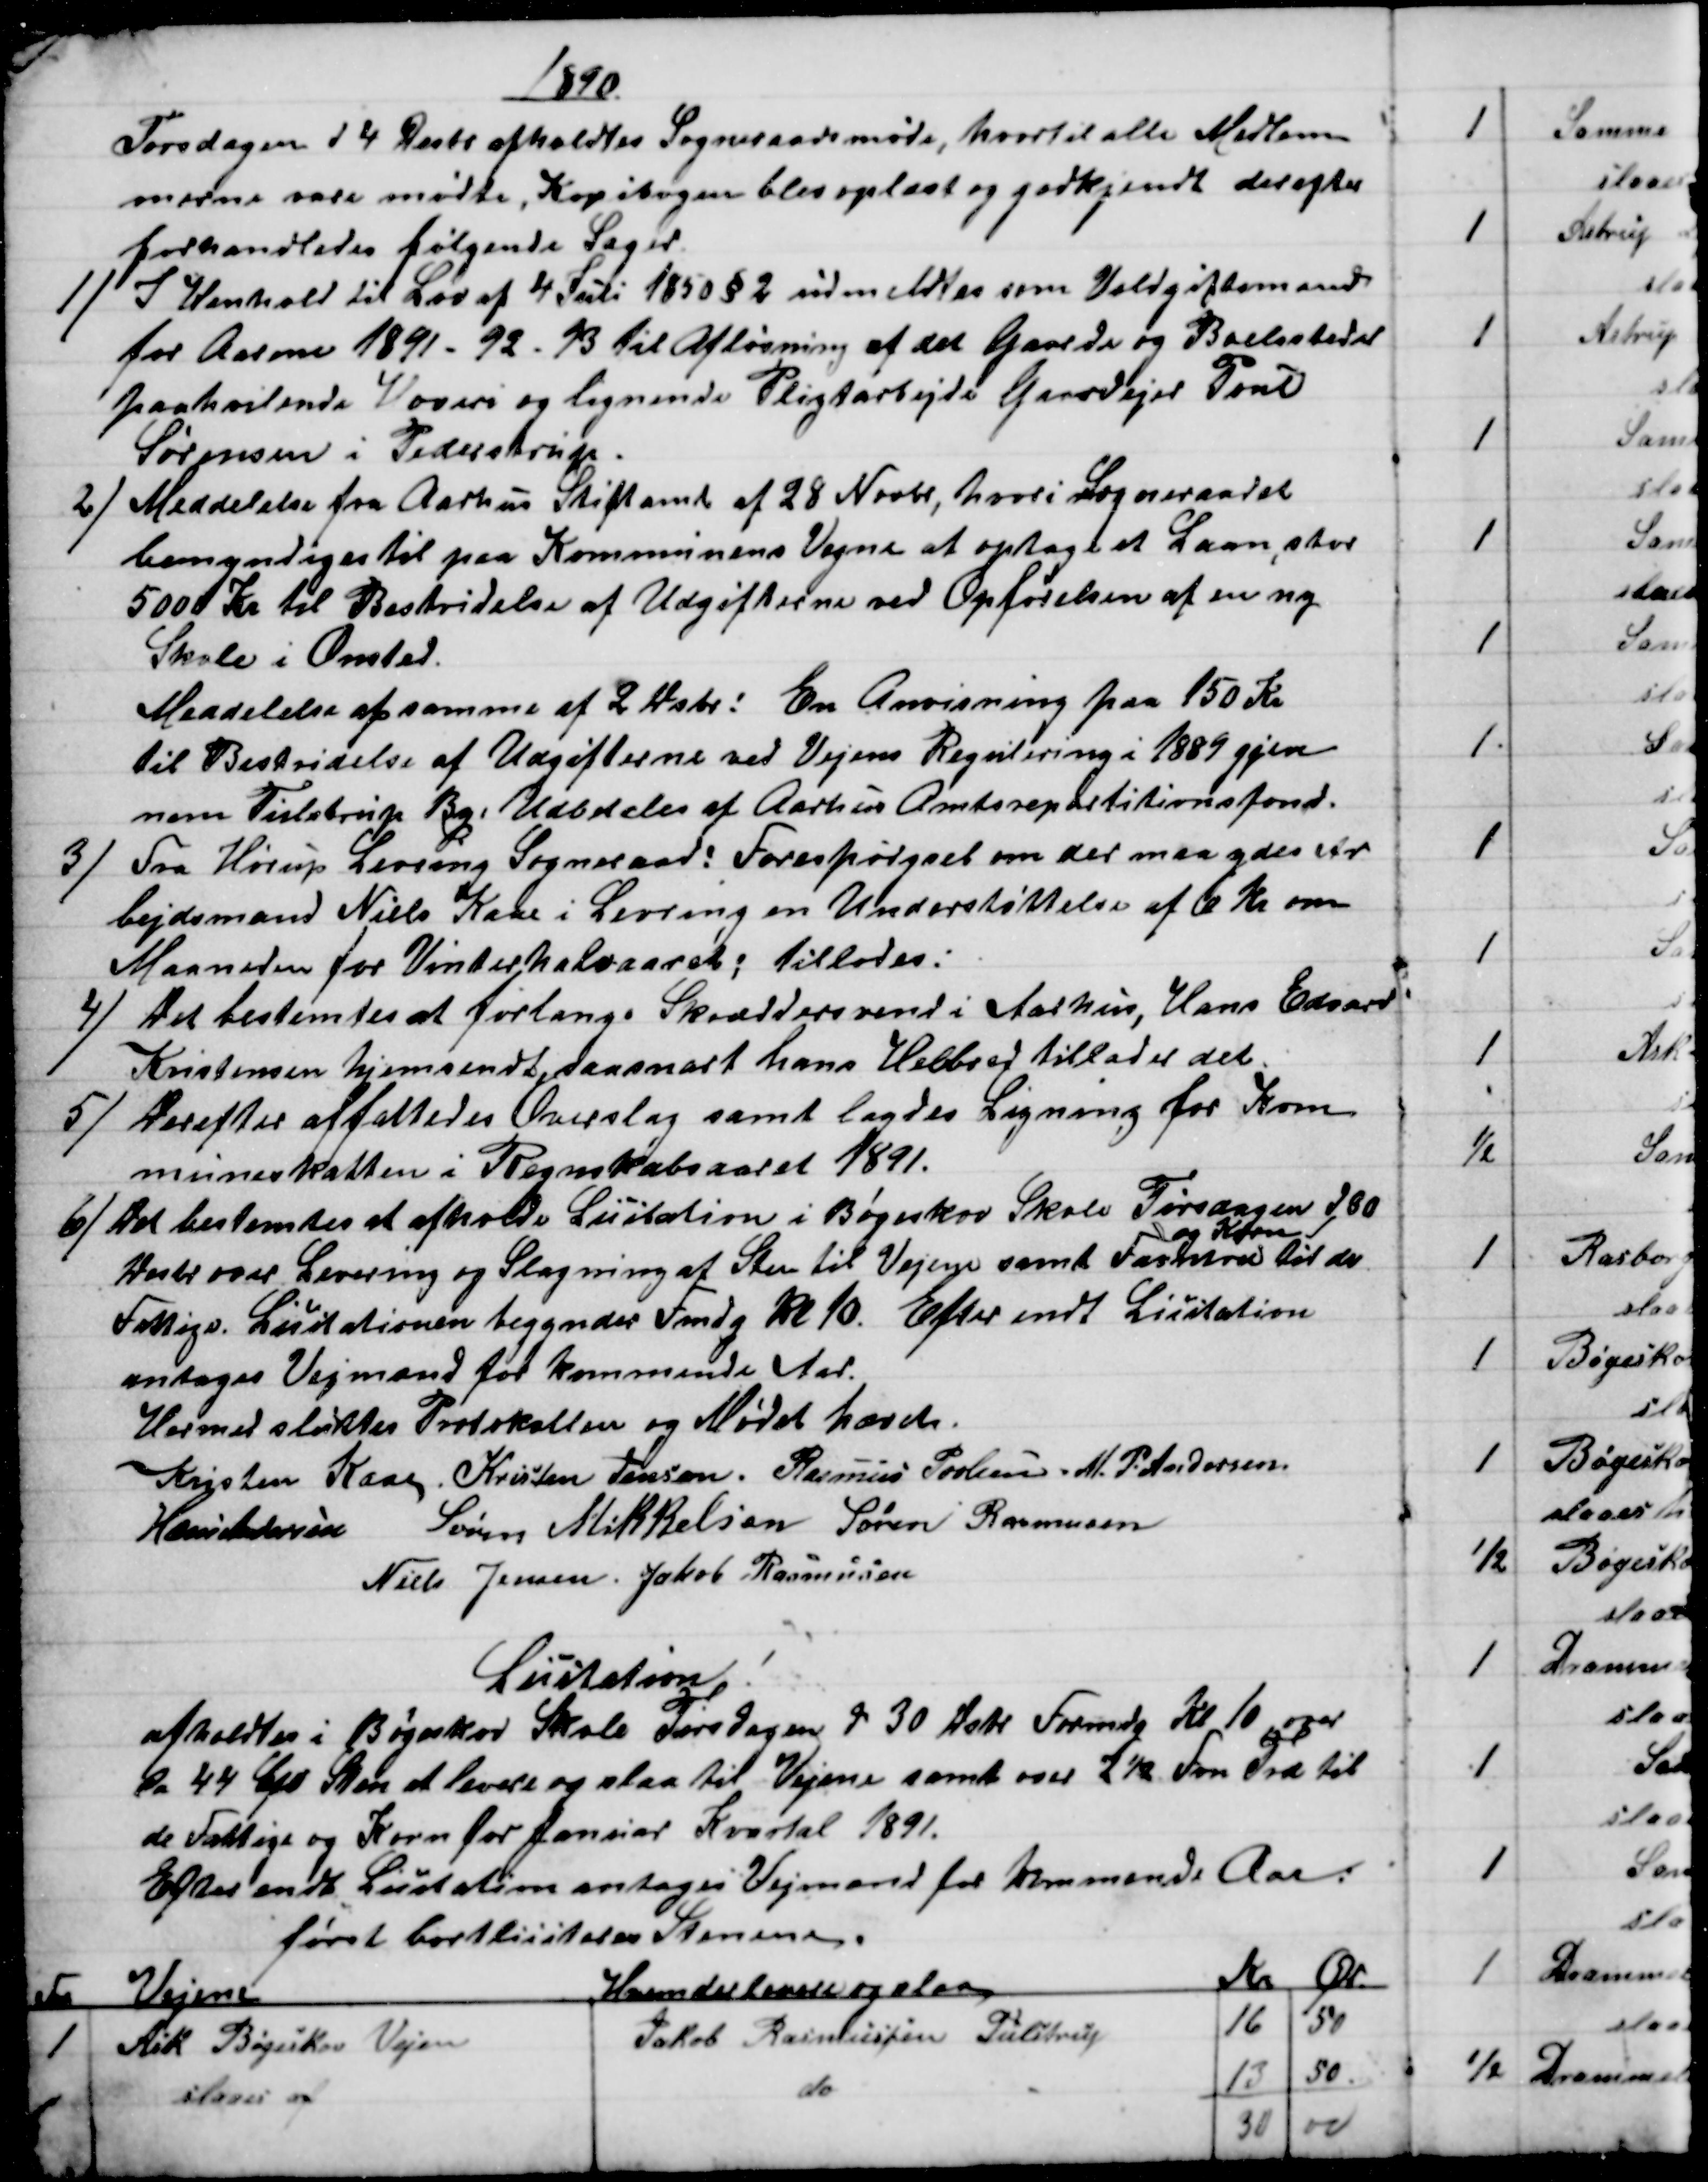
Transskription:
1890
Torsdagen d 4 Decbr afholdtes Sogneraadsmøde, hvortil alle Medlem
merne vare mødte, Kopibogen blev oplæst og godkjendt derefter
forhandledes følgende Sager.
1) 
 I Henhold til Lov af 4 Juli 1850 § 2 udmeldtes som Voldgiftsmand
for Aarene 1891 - 92 - 93 til Afløsning af det Gaarde og Boelssteder
paahvilende Hoveri og lignende Pligtarbejde Gaardejer Poul
Sørensen i Pederstrup .
2)
Meddelelse fra Aarhus Stiftamt af 28 Novbr, hvori Sogneraadet
bemyndiges til paa Kommunens Vegne at optage et Laan, stor
5000 Kr til Bestridelse af Udgifterne ved Opførelsen af en ny
Skole i Onsted.
Meddelelse af samme af 2 Dsbr: En Anvisning paa 150 Kr
til Bestridelse af Udgifterne ved Vejens Regulering i 1889 gjen
nem Tulstrup By. Udbetales af Aarhus Amtsrepartitionsfond.
3)
Fra Hørup Levring Sogneraad: Forespørgsel om der maa ydes Ar
bejdsmand Niels Kaae i Levring en Understøttelse af 6 Kr om
Maaneden for Vinterhalvaaret; tillodes:
4)
Det bestemtes at forlange Skræddersvend i Aarhus, Hans Edvard
Kristensen hjemsendt, saasnart hans Helbred tillader det.
5) 
Derefter affattedes Overslag samt lagdes Ligning for Kom
muneskatten i Regnskabsaaret 1891.
6)
Det bestemtes at afholde Licitation i Bøgeskov Skole Tirsdagen d 30
Desbr over Levering og Slagning af Sten til Vejene samt Favntræ 
og Korn
til de
Fattige. Licitationen begyndes Fmdg Kl 10. Efter endt Licitation
antages Vejmænd for kommende Aar.
Hermed sluttes Protokollen og Mødet hævet.
Kristen Kaae. Kristen Jensen. Rasmus Povlsen. M. P. Andersen
Hans Andersen Søren Mikkelsen Søren Rasmussen
Niels Jensen Jakob Rasmussen
Licitation!
afholdtes i Bøgeskov Skole Tirsdagen d 30 Debr Formdg Kl 10, over
de 44  Sten at levere og slaa til Vejene samt over 2½ Fvn Træ til
de Fattige og Korn for Januar Kvartal 1891.
Efter endt Licitation antages Vejmænd for kommende Aar.
først bortliciteres Stenene.
Fvn
Vejene
Hvem der leverer og slaar
Kr
Ør
1
Ask Bøgeskov Vejen
Jakob Rasmussen Tulstrup
16
50
slaaes af
do
13
50
30
00